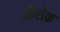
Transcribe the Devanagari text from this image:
औरोक